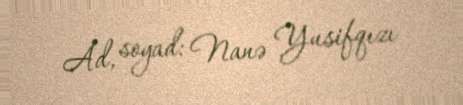
Ad, soyad: Nanə Yusifqızı